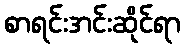
စာရင်းအင်းဆိုင်ရာ